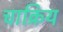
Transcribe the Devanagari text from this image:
चाक्रिय